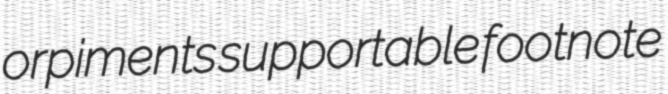
orpiments supportable footnote